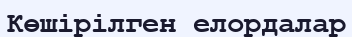
Көшірілген елордалар